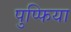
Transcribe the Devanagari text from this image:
पुप्फिया